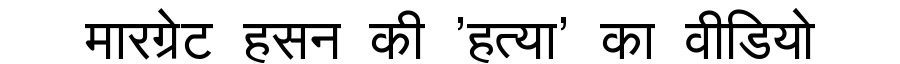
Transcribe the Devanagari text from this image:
मारग्रेट हसन की 'हत्या' का वीडियो